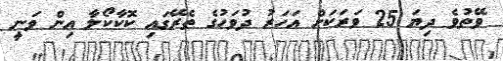
ވޭތުވެ ދިޔަ 25 ވަރަކަށް އަހަރު ދުވަހުގެ ތެރޭގައި ކޮކާކޯލާ އިން ވަނީ